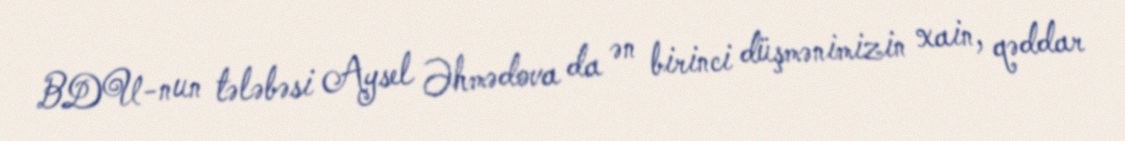
BDU-nun tələbəsi Aysel Əhmədova da ən birinci düşmənimizin xain, qəddar